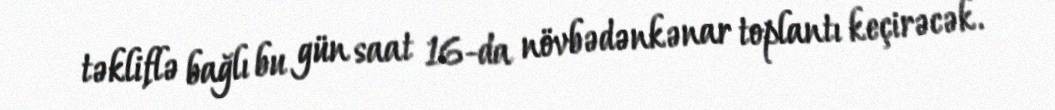
təkliflə bağlı bu gün saat 16-da növbədənkənar toplantı keçirəcək.